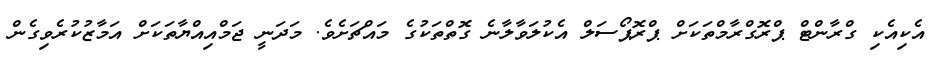
އެކިއެކި ގްރާންޓް ޕްރޮގްރާމްތަކަށް ޕްރޮޕޯސަލް އެކުލަވާލާނެ ގޮތްތަކުގެ މައްޗަށެވެ. މަދަނީ ޖަމްއިއްޔާތަކަށް އަމާޒުކުރެވިގެން